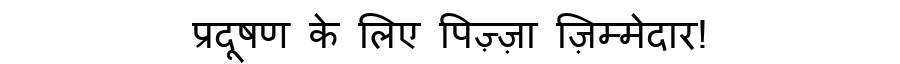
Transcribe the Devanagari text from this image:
प्रदूषण के लिए पिज़्ज़ा ज़िम्मेदार!